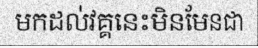
មកដល់វគ្គនេះមិនមែនជា